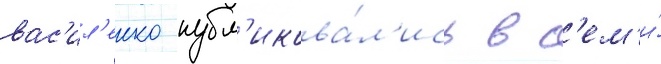
вас'ил'енко публ'икова́л'ись в с'ем'и́